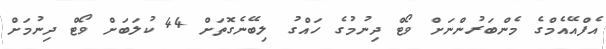
އެފްއޭއެމްގެ މެންބަރުންނަށް ވޯޓް ދިނުމުގެ ހައްގު ލިބޭނެގޮތަށް 44 ކުލަބަށް ވޯޓް ދިނުމަށް